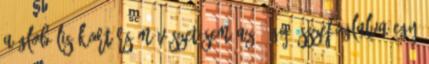
a globális kortárs művészet sem az. Úgy összefoglalva egy